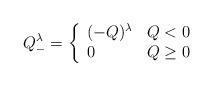
LaTeX: \begin{align*}Q_{-}^{\lambda} = \left\{ \begin{array}{ll} (-Q)^{\lambda} & Q<0 \\ 0 & Q\geq 0 \end{array} \right.\end{align*}